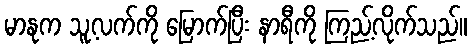
မာနုက သူ့လက်ကို မြောက်ပြီး နာရီကို ကြည့်လိုက်သည်။